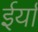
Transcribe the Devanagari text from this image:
ईर्या